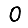
Digit: 0